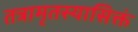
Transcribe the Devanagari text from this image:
तत्रामृतस्यासिक्तं